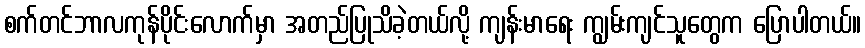
စက်တင်ဘာလကုန်ပိုင်းလောက်မှာ အတည်ပြုသိခဲ့တယ်လို့ ကျန်းမာရေး ကျွမ်းကျင်သူတွေက ပြောပါတယ်။